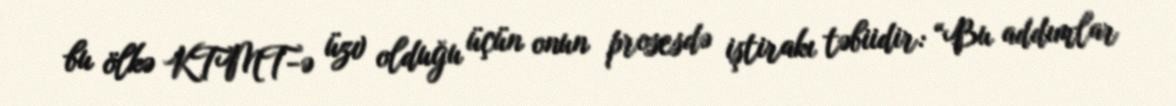
bu ölkə KTMT-ə üzv olduğu üçün onun prosesdə iştirakı təbiidir: “Bu addımlar